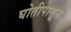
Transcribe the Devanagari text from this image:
घोतीपासून